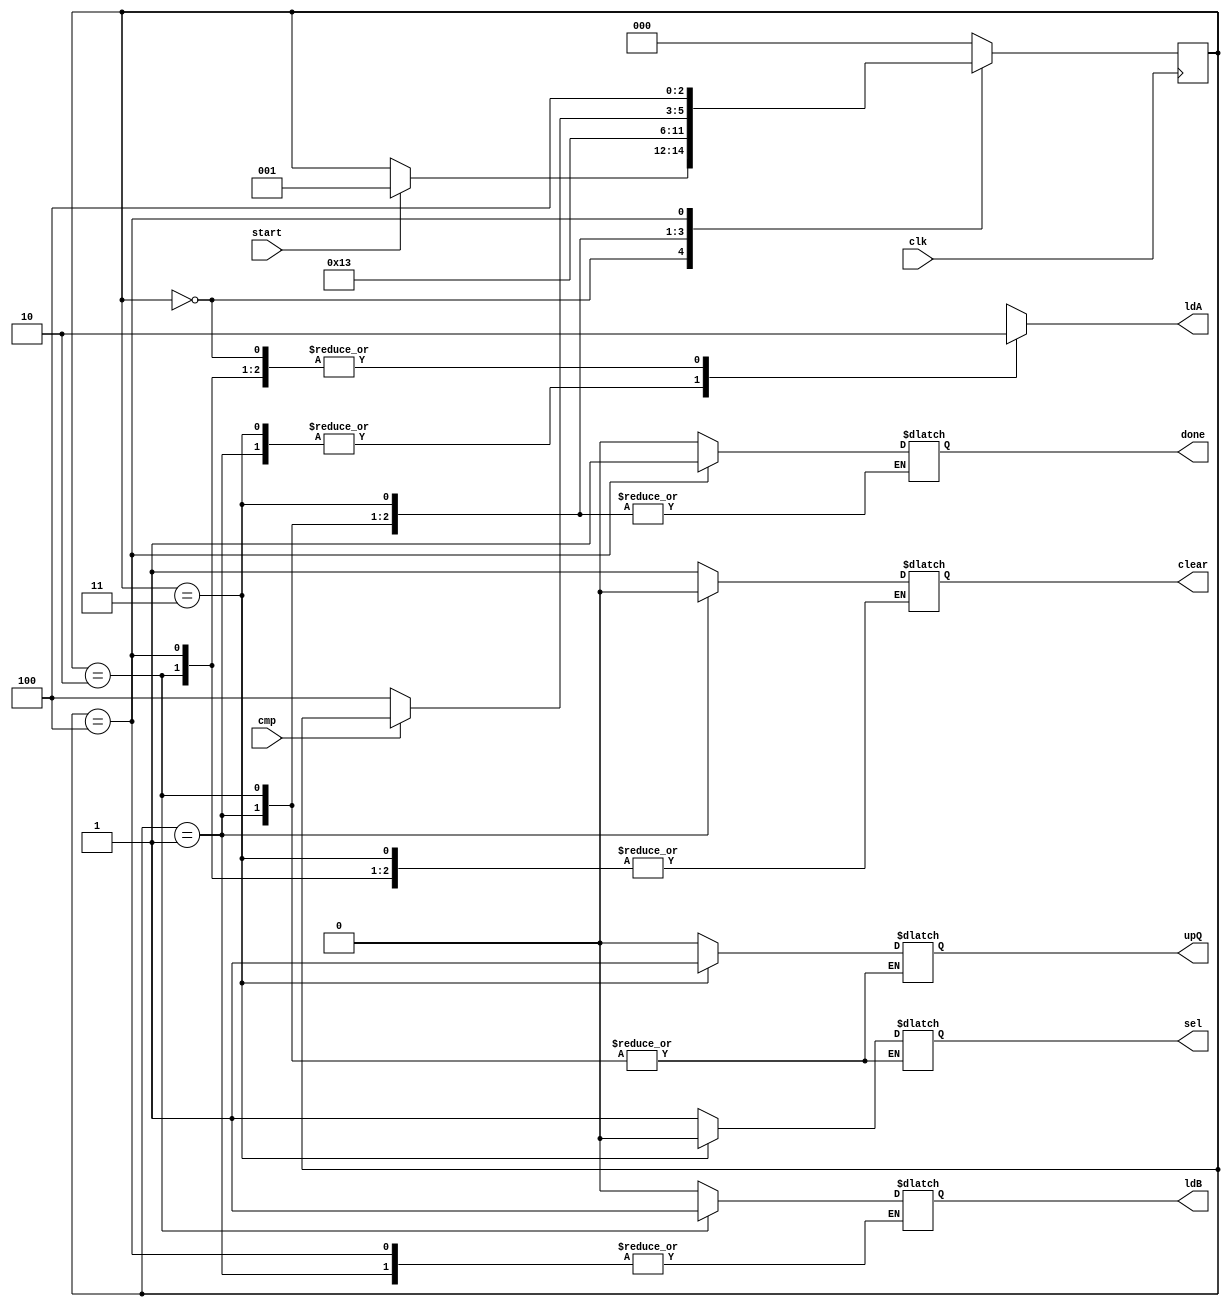
module DIV_controller (done, clear, ldA, ldB, sel, upQ, cmp, start, clk);
	output reg done, clear,  ldA, ldB, sel, upQ;
	input cmp, start, clk;
	reg [2:0] state;
	parameter s0=0, s1=1, s2=2, s3=3, s4=4;
	
	always@ (posedge clk) begin
		case (state)
			s0: if (start) state<=s1;
			s1: #1 state<=s2;
			s2: #1 state<=s3;
			s3: begin #1 if(!cmp) state<=s4; end
			s4: #1 state<= s4;
			default: state<=s0;
		endcase
	end
	
	always@ (state) begin
		case(state)
			s0: begin done=0; clear=1; ldA=0; ldB=0; sel=1; upQ=0; end
			s1: begin clear=0; ldA=1; end
			s2: begin ldA=0; ldB=1; end
			s3: begin ldB=0; sel=0; ldA=1; upQ=1; end
			s4: begin sel=1'bx; ldA=0; upQ=0; done=1; end
			default: begin done=1'bx; clear=1'bx; ldA=1'bx; ldB=1'bx; sel=1'bx; upQ=1'bx; end
		endcase	
	end
endmodule